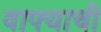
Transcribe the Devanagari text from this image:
वाफ्याची